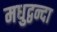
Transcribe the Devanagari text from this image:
मधुद्वन्दा